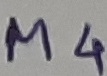
Text: M4